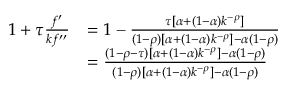
{ \begin{array} { r l } { 1 + \tau { \frac { f ^ { \prime } } { k f ^ { \prime \prime } } } } & { = 1 - { \frac { \tau [ \alpha + ( 1 - \alpha ) k ^ { - \rho } ] } { ( 1 - \rho ) [ \alpha + ( 1 - \alpha ) k ^ { - \rho } ] - \alpha ( 1 - \rho ) } } } \\ & { = { \frac { ( 1 - \rho - \tau ) [ \alpha + ( 1 - \alpha ) k ^ { - \rho } ] - \alpha ( 1 - \rho ) } { ( 1 - \rho ) [ \alpha + ( 1 - \alpha ) k ^ { - \rho } ] - \alpha ( 1 - \rho ) } } } \end{array} }